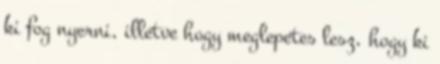
ki fog nyerni, illetve hogy meglepetes lesz, hogy ki